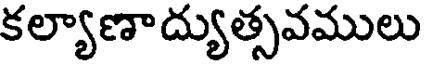
కల్యాణాద్యుత్సవములు